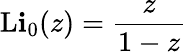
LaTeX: \operatorname{L\mathbf{i}}_{0}(z)={\frac{{z}}{{1-z}}}